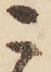
こ